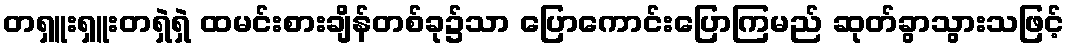
တရှူးရှူးတရှဲရှဲ ထမင်းစားချိန်တစ်ခု၌သာ ပြောကောင်းပြောကြမည် ဆုတ်ခွာသွားသဖြင့်